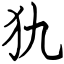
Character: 犰